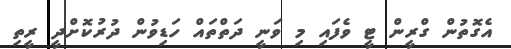
އެގޮތުން ގްރީން ޓީ ވެފައި މި ވަނީ ދަތްތައް ހަޑިވުން ދުރުކޮށްދީ ރީތި